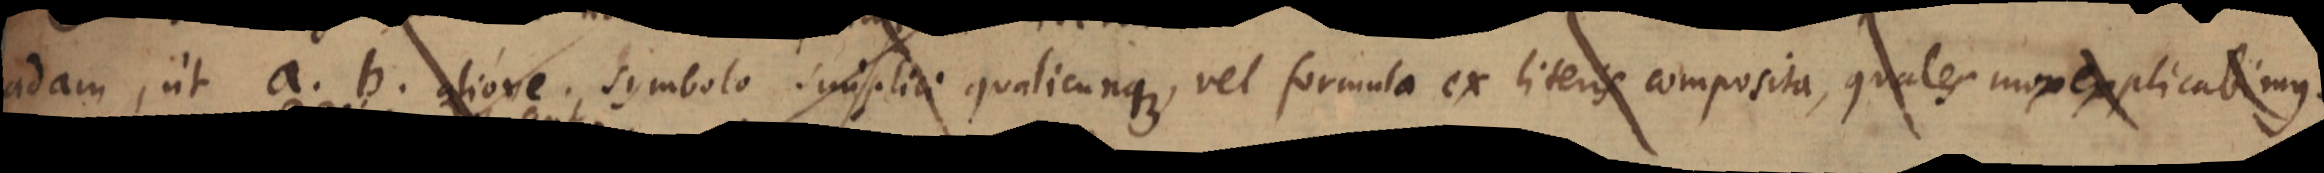
quadam, ut a. b. aliove. symbolo. simplici qualicunque, vel formula ex literis composita, quales mox explicabimus.